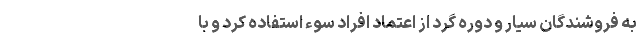
به فروشندگان سیار و دوره گرد از اعتماد افراد سوء استفاده کرد و با